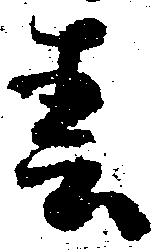
青